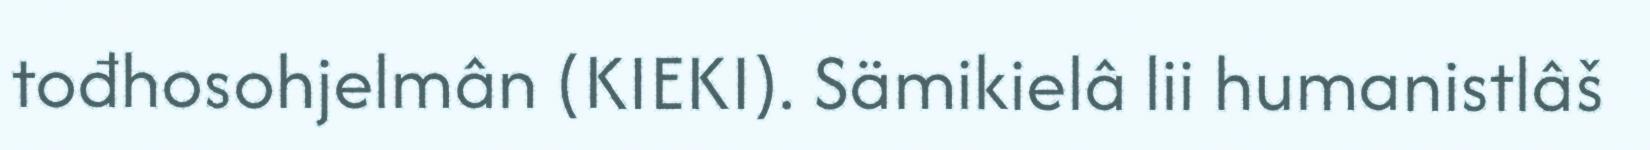
tođhosohjelmân (KIEKI). Sämikielâ lii humanistlâš